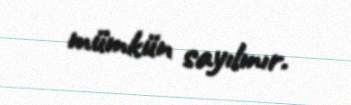
mümkün sayılmır.